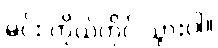
မင်း ကိုယ်တိုင် သွားပါ။